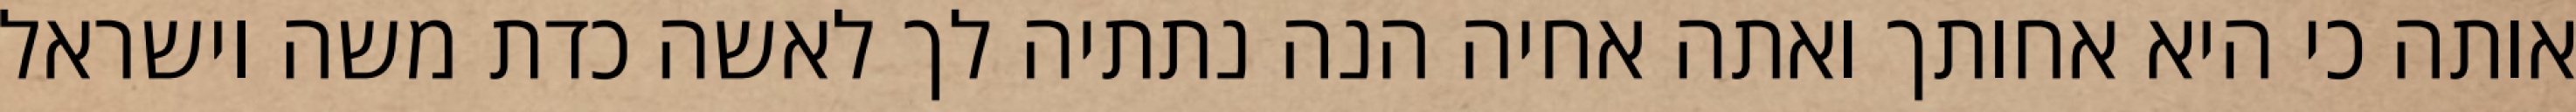
אותה כי היא אחותך ואתה אחיה הנה נתתיה לך לאשה כדת משה וישראל